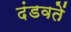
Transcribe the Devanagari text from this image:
दंडवतें